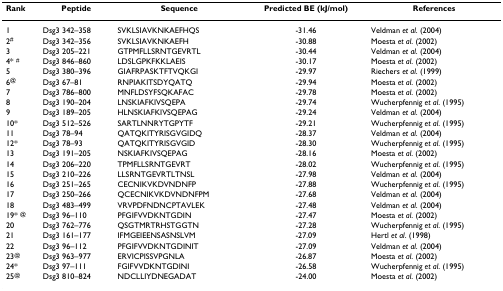
<table><thead><tr><td><b>Rank</b></td><td><b>Peptide</b></td><td><b>Sequence</b></td><td><b>Predicted BE (kJ/mol)</b></td><td><b>References</b></td></tr></thead><tbody><tr><td>1</td><td>Dsg3 342–358</td><td>SVKLSIAVKNKAEFHQS</td><td>-31.46</td><td>Veldman <i>et al</i>. (2004)</td></tr><tr><td>2<sup>#</sup></td><td>Dsg3 342–356</td><td>SVKLSIAVKNKAEFH</td><td>-30.88</td><td>Moesta <i>et al</i>. (2002)</td></tr><tr><td>3</td><td>Dsg3 205–221</td><td>GTPMFLLSRNTGEVRTL</td><td>-30.44</td><td>Veldman <i>et al</i>. (2004)</td></tr><tr><td>4* <sup>#</sup></td><td>Dsg3 846–860</td><td>LDSLGPKFKKLAEIS</td><td>-30.17</td><td>Moesta <i>et al</i>. (2002)</td></tr><tr><td>5</td><td>Dsg3 380–396</td><td>GIAFRPASKTFTVQKGI</td><td>-29.97</td><td>Riechers <i>et al</i>. (1999)</td></tr><tr><td>6<sup>@</sup></td><td>Dsg3 67–81</td><td>RNPIAKITSDYQATQ</td><td>-29.94</td><td>Moesta <i>et al</i>. (2002)</td></tr><tr><td>7</td><td>Dsg3 786–800</td><td>MNFLDSYFSQKAFAC</td><td>-29.78</td><td>Moesta <i>et al</i>. (2002)</td></tr><tr><td>8</td><td>Dsg3 190–204</td><td>LNSKIAFKIVSQEPA</td><td>-29.74</td><td>Wucherpfennig <i>et al</i>. (1995)</td></tr><tr><td>9</td><td>Dsg3 189–205</td><td>HLNSKIAFKIVSQEPAG</td><td>-29.24</td><td>Veldman <i>et al</i>. (2004)</td></tr><tr><td>10*</td><td>Dsg3 512–526</td><td>SARTLNNRYTGPYTF</td><td>-29.21</td><td>Wucherpfennig <i>et al</i>. (1995)</td></tr><tr><td>11</td><td>Dsg3 78–94</td><td>QATQKITYRISGVGIDQ</td><td>-28.37</td><td>Veldman <i>et al</i>. (2004)</td></tr><tr><td>12*</td><td>Dsg3 78–93</td><td>QATQKITYRISGVGID</td><td>-28.30</td><td>Wucherpfennig <i>et al</i>. (1995)</td></tr><tr><td>13</td><td>Dsg3 191–205</td><td>NSKIAFKIVSQEPAG</td><td>-28.16</td><td>Moesta <i>et al</i>. (2002)</td></tr><tr><td>14</td><td>Dsg3 206–220</td><td>TPMFLLSRNTGEVRT</td><td>-28.02</td><td>Wucherpfennig <i>et al</i>. (1995)</td></tr><tr><td>15</td><td>Dsg3 210–226</td><td>LLSRNTGEVRTLTNSL</td><td>-27.98</td><td>Veldman <i>et al</i>. (2004)</td></tr><tr><td>16</td><td>Dsg3 251–265</td><td>CECNIKVKDVNDNFP</td><td>-27.88</td><td>Wucherpfennig <i>et al</i>. (1995)</td></tr><tr><td>17</td><td>Dsg3 250–266</td><td>QCECNIKVKDVNDNFPM</td><td>-27.68</td><td>Veldman <i>et al</i>. (2004)</td></tr><tr><td>18</td><td>Dsg3 483–499</td><td>VRVPDFNDNCPTAVLEK</td><td>-27.48</td><td>Veldman <i>et al</i>. (2004)</td></tr><tr><td>19* <sup>@</sup></td><td>Dsg3 96–110</td><td>PFGIFVVDKNTGDIN</td><td>-27.47</td><td>Moesta <i>et al</i>. (2002)</td></tr><tr><td>20</td><td>Dsg3 762–776</td><td>QSGTMRTRHSTGGTN</td><td>-27.28</td><td>Wucherpfennig <i>et al</i>. (1995)</td></tr><tr><td>21</td><td>Dsg3 161–177</td><td>IFMGEIEENSASNSLVM</td><td>-27.09</td><td>Hertl <i>et al</i>. (1998)</td></tr><tr><td>22</td><td>Dsg3 96–112</td><td>PFGIFVVDKNTGDINIT</td><td>-27.09</td><td>Veldman <i>et al</i>. (2004)</td></tr><tr><td>23<sup>@</sup></td><td>Dsg3 963–977</td><td>ERVICPISSVPGNLA</td><td>-26.87</td><td>Moesta <i>et al</i>. (2002)</td></tr><tr><td>24*</td><td>Dsg3 97–111</td><td>FGIFVVDKNTGDINI</td><td>-26.58</td><td>Wucherpfennig <i>et al</i>. (1995)</td></tr><tr><td>25<sup>@</sup></td><td>Dsg3 810–824</td><td>NDCLLIYDNEGADAT</td><td>-24.00</td><td>Moesta <i>et al</i>. (2002)</td></tr></tbody></table>